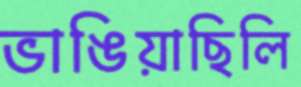
ভাঙিয়াছিলি